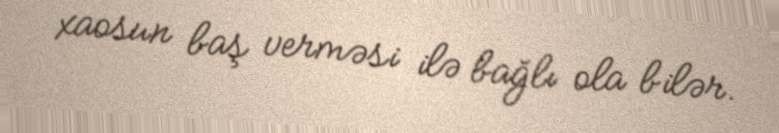
xaosun baş verməsi ilə bağlı ola bilər.